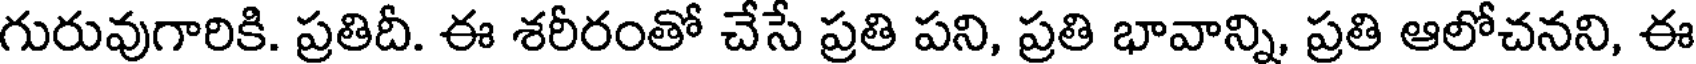
గురువుగారికి. ప్రతిదీ. ఈ శరీరంతో చేసే ప్రతి పని, ప్రతి భావాన్ని, ప్రతి ఆలోచనని, ఈ